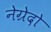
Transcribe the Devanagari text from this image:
नेग्रेदो